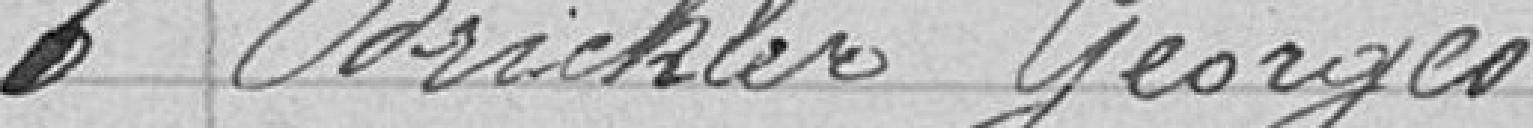
6 Brickler Georges